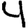
Digit: 4